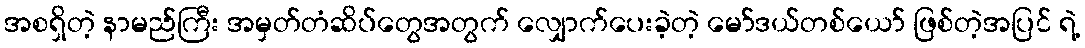
အစရှိတဲ့ နာမည်ကြီး အမှတ်တံဆိပ်တွေအတွက် လျှောက်ပေးခဲ့တဲ့ မော်ဒယ်တစ်ယော် ဖြစ်တဲ့အပြင် ရဲ့